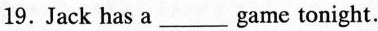
19. Jack has a ___ game tonight.